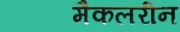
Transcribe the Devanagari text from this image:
मैकलरीन